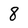
Character: 8